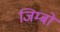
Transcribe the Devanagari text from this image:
जिम्बो